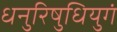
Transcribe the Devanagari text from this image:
धनुरिषुधियुगं